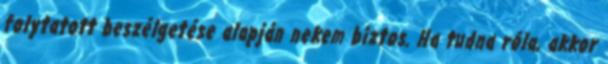
folytatott beszélgetése alapján nekem biztos. Ha tudna róla, akkor